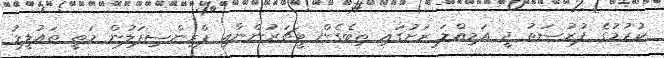
ކުރުމުގެ ފުރުސަތު ދީ އަމިއްލަ ރަށުގައި ތިބެގެން ޓީޗަރުންނާއި ޕްރިންސިޕަލުން މަތީ ތައުލީމު